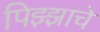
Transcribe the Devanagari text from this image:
पिझ्झाचे